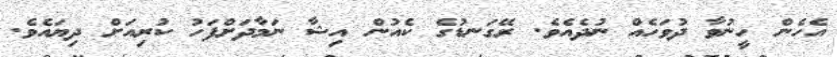
އެހެން ހީނުވާ ދުވަހެއް ނުދެއެވެ. ރޭގަނޑުގެ ކެއުން އިޝާ ނަމާދަށްފަހު ކުރިއަށް ދިޔައެވެ.